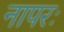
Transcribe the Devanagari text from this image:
नापरः